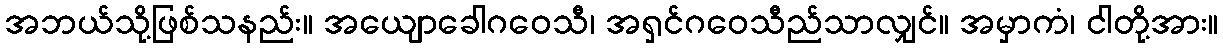
အဘယ်သို့ဖြစ်သနည်း။ အယျောခေါဂဝေသီ၊ အရှင်ဂဝေသီည်သာလျှင်။ အမှာကံ၊ ငါတို့အား။